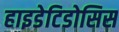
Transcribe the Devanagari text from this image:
हाइडेटिडोसिस